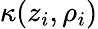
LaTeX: \kappa(z_{i},\rho_{i})